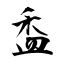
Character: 盉